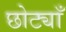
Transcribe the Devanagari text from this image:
छोट्याँ